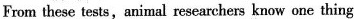
From these tests,animal researchers know one thing